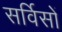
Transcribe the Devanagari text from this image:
सर्विसों